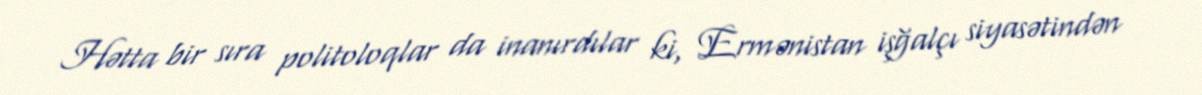
Hətta bir sıra politoloqlar da inanırdılar ki, Ermənistan işğalçı siyasətindən